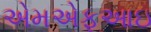
એમએફઆઇ